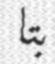
بتا